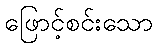
ဖြောင့်စင်းသော